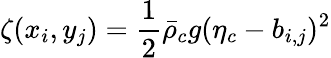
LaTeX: \zeta(x_{i},y_{j})=\frac{1}{2}\bar{\rho}_{c}g(\eta_{c}-b_{i,j})^{2}